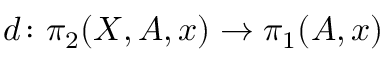
d \colon \pi _ { 2 } ( X , A , x ) \rightarrow \pi _ { 1 } ( A , x )